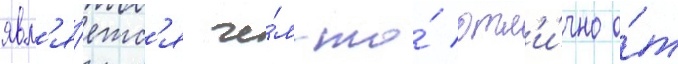
явл'я́етс'я че́м-то́ отл'и́чно о́т